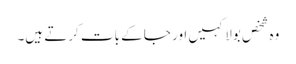
وہ شخص بولا کہیں اور جا کے بات کرتے ہیں۔